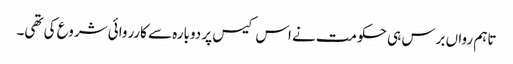
تاہم رواں برس ہی حکومت نے اس کیس پر دوبارہ سے کارروائی شروع کی تھی۔